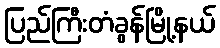
ပြည်ကြီးတံခွန်မြို့နယ်